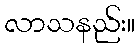
လာသနည်း။